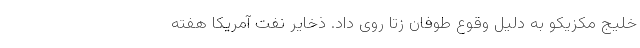
خلیج مکزیکو به دلیل وقوع طوفان زتا روی داد. ذخایر نفت آمریکا هفته